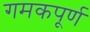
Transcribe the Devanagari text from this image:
गमकपूर्ण